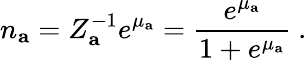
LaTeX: n_{\mathbf{a}}=Z_{\mathbf{a}}^{-1}e^{\mu_{\mathbf{a}}}=\frac{e^{\mu_{\mathbf{a}}}}{1+e^{\mu_{\mathbf{a}}}}~.